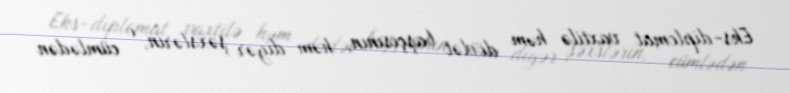
Eks-diplomat vaxtilə həm dövlət başçısının, həm digər şəxslərin, o cümlədən